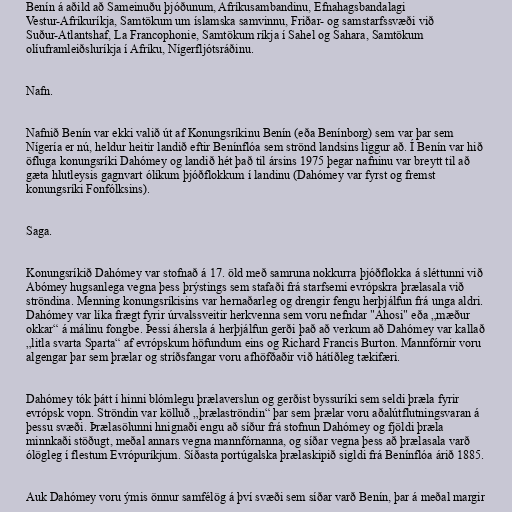
Benín á aðild að Sameinuðu þjóðunum, Afríkusambandinu, Efnahagsbandalagi
Vestur-Afríkuríkja, Samtökum um íslamska samvinnu, Friðar- og samstarfssvæði við
Suður-Atlantshaf, La Francophonie, Samtökum ríkja í Sahel og Sahara, Samtökum
olíuframleiðsluríkja í Afríku, Nígerfljótsráðinu.

Nafn.

Nafnið Benín var ekki valið út af Konungsríkinu Benín (eða Benínborg) sem var þar sem
Nígería er nú, heldur heitir landið eftir Benínflóa sem strönd landsins liggur að. Í Benín var hið
öfluga konungsríki Dahómey og landið hét það til ársins 1975 þegar nafninu var breytt til að
gæta hlutleysis gagnvart ólíkum þjóðflokkum í landinu (Dahómey var fyrst og fremst
konungsríki Fonfólksins).

Saga.

Konungsríkið Dahómey var stofnað á 17. öld með samruna nokkurra þjóðflokka á sléttunni við
Abómey hugsanlega vegna þess þrýstings sem stafaði frá starfsemi evrópskra þrælasala við
ströndina. Menning konungsríkisins var hernaðarleg og drengir fengu herþjálfun frá unga aldri.
Dahómey var líka frægt fyrir úrvalssveitir herkvenna sem voru nefndar "Ahosi" eða „mæður
okkar“ á málinu fongbe. Þessi áhersla á herþjálfun gerði það að verkum að Dahómey var kallað
„litla svarta Sparta“ af evrópskum höfundum eins og Richard Francis Burton. Mannfórnir voru
algengar þar sem þrælar og stríðsfangar voru afhöfðaðir við hátíðleg tækifæri.

Dahómey tók þátt í hinni blómlegu þrælaverslun og gerðist byssuríki sem seldi þræla fyrir
evrópsk vopn. Ströndin var kölluð „þrælaströndin“ þar sem þrælar voru aðalútflutningsvaran á
þessu svæði. Þrælasölunni hnignaði engu að síður frá stofnun Dahómey og fjöldi þræla
minnkaði stöðugt, meðal annars vegna mannfórnanna, og síðar vegna þess að þrælasala varð
ólögleg í flestum Evrópuríkjum. Síðasta portúgalska þrælaskipið sigldi frá Benínflóa árið 1885.

Auk Dahómey voru ýmis önnur samfélög á því svæði sem síðar varð Benín, þar á meðal margir